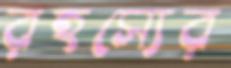
রহস্যের